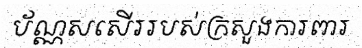
ប័ណ្ណសសើររបស់ក្រសួងការពារ